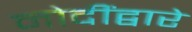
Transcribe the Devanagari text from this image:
मोदींद्वारे